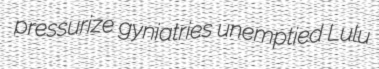
pressurize gyniatries unemptied Lulu